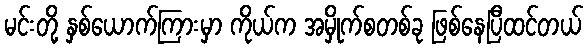
မင်းတို့ နှစ်ယောက်ကြားမှာ ကိုယ်က အမှိုက်စတစ်ခု ဖြစ်နေပြီထင်တယ်